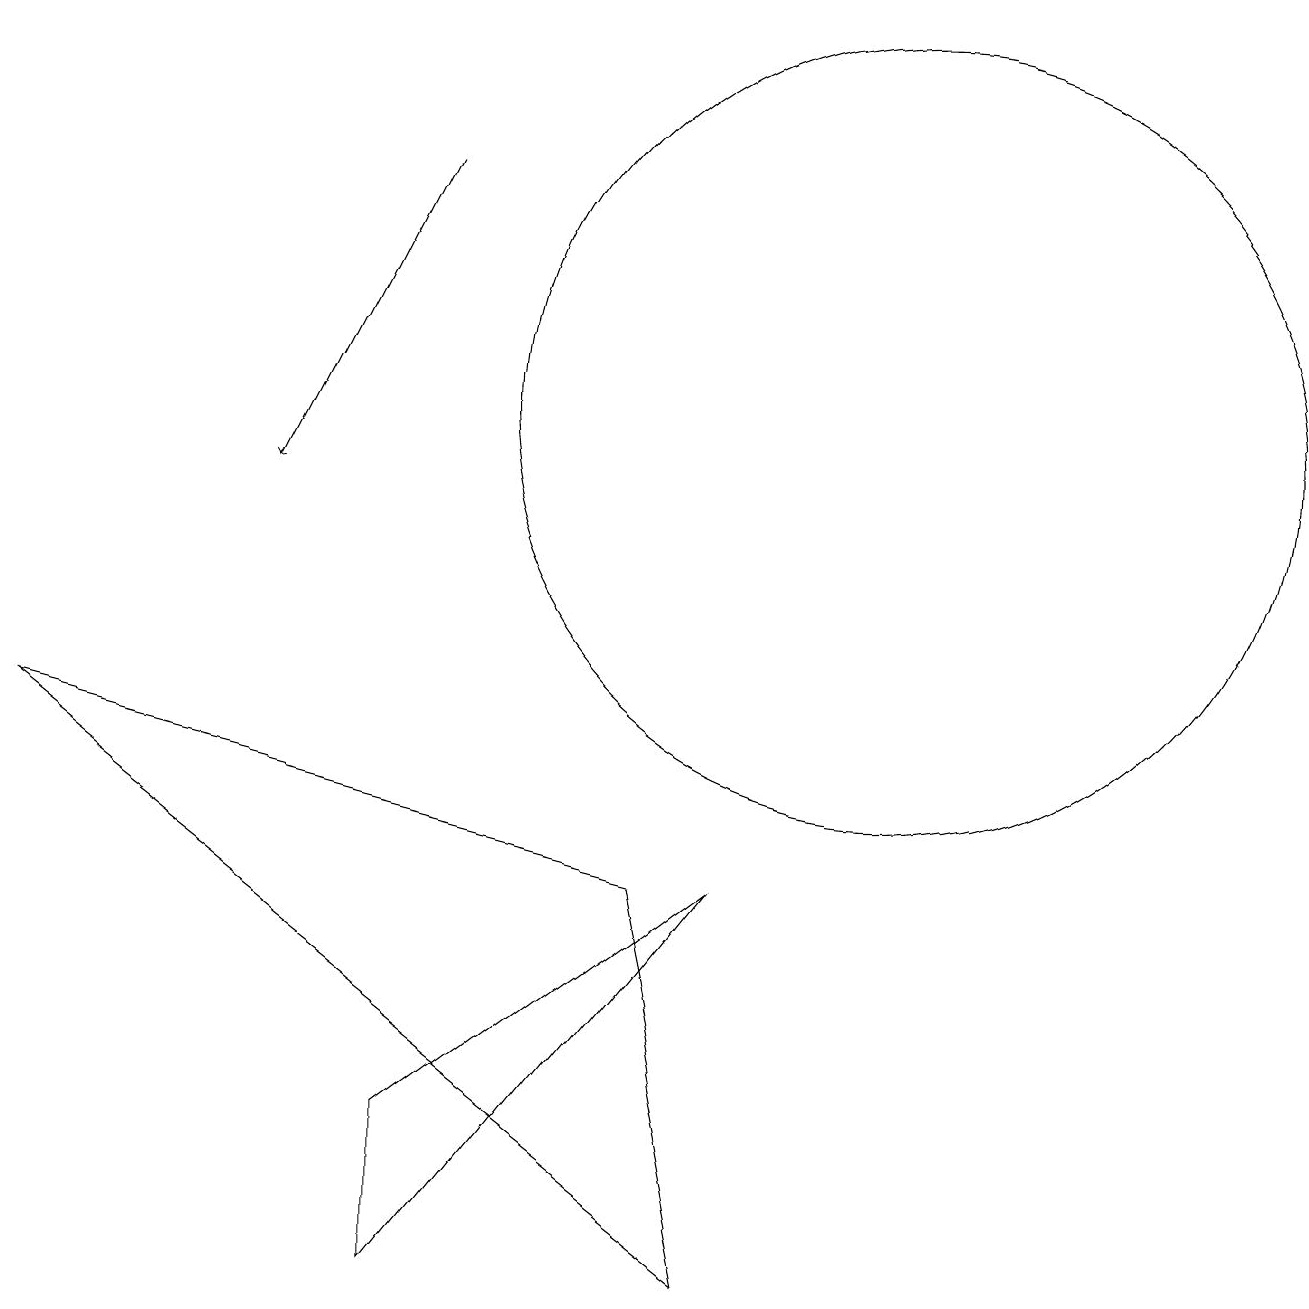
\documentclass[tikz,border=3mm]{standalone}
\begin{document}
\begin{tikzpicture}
\draw[->] (5,14) -- (3,10);
\draw (11,11) circle (5);
\draw (0,7) -- (8,5) -- (9,0) -- cycle;
\draw (9,5) -- (5,2) -- (5,0) -- cycle;
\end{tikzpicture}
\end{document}